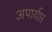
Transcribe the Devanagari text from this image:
अपार्यप्त